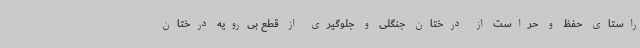
راستای حفظ و حراست از درختان جنگلی و جلوگیری از قطع بی‌رویه درختان